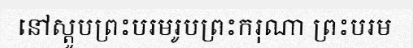
នៅស្តូបព្រះបរមរូបព្រះករុណា ព្រះបរម